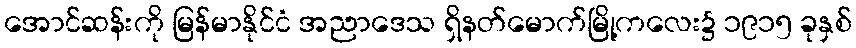
အောင်ဆန်းကို မြန်မာနိုင်ငံ အညာဒေသ ရှိနတ်မောက်မြို့ကလေး၌ ၁၉၁၅ ခုနှစ်